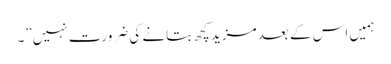
ہمیں اس کے بعد مزید کچھ بتانے کی ضرورت نہیں”۔